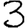
Digit: 3